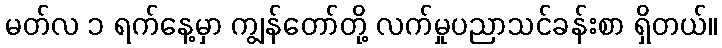
မတ်လ ၁ ရက်နေ့မှာ ကျွန်တော်တို့ လက်မှုပညာသင်ခန်းစာ ရှိတယ်။